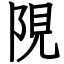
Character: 䧋